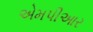
એમપીઆર